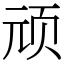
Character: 顽